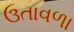
ઉતાવળા